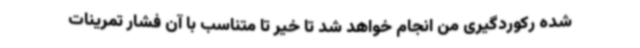
شده رکوردگیری من انجام خواهد شد تا خیر تا متناسب با آن فشار تمرینات